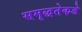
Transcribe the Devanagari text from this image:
समृद्धतेकडे